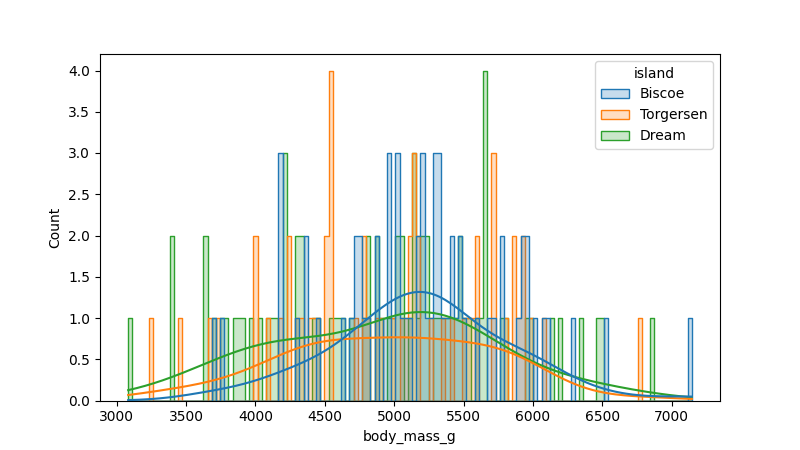
python, seaborn, histplot, hue='island', binwidth=30, bins='10', element='step'